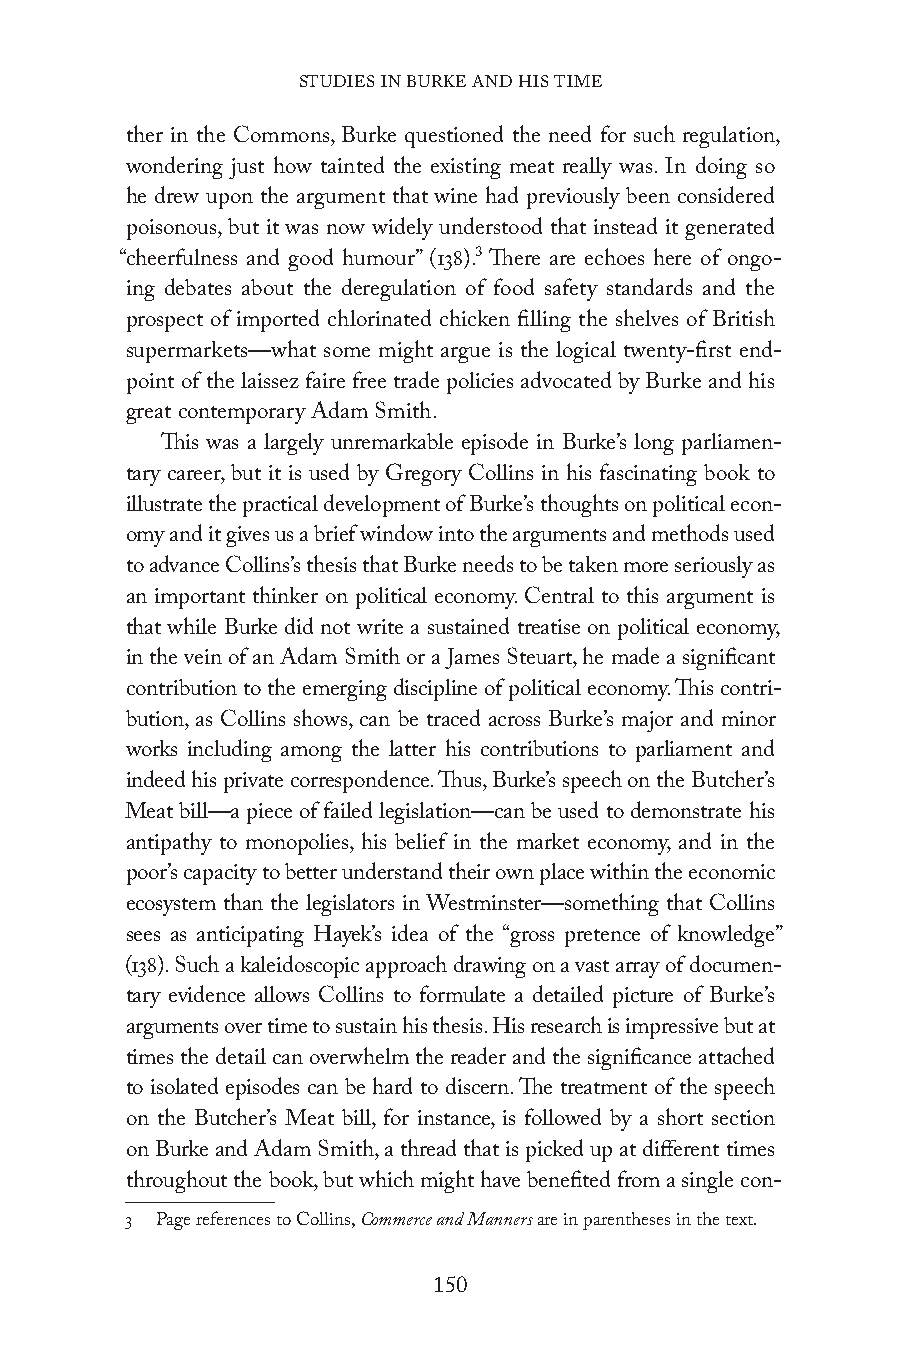
STUDIES IN BURKE AND HIS TIME
 ther in the Commons, Burke questioned the need for such regulation,
 wondering just how tainted the existing meat really was. In doing so
 he drew upon the argument that wine had previously been considered
 poisonous, but it was now widely understood that instead it generated
 “cheerfulness and good humour” (138).3 There are echoes here of ongo-
 ing debates about the deregulation of food safety standards and the
 prospect of imported chlorinated chicken filling the shelves of British
 supermarkets—what some might argue is the logical twenty-first end-
 point of the laissez faire free trade policies advocated by Burke and his
 great contemporary Adam Smith.
 This was a largely unremarkable episode in Burke’s long parliamen-
 tary career, but it is used by Gregory Collins in his fascinating book to
 illustrate the practical development of Burke’s thoughts on political econ-
 omy and it gives us a brief window into the arguments and methods used
 to advance Collins’s thesis that Burke needs to be taken more seriously as
 an important thinker on political economy. Central to this argument is
 that while Burke did not write a sustained treatise on political economy,
 in the vein of an Adam Smith or a James Steuart, he made a significant
 contribution to the emerging discipline of political economy. This contri-
 bution, as Collins shows, can be traced across Burke’s major and minor
 works including among the latter his contributions to parliament and
 indeed his private correspondence. Thus, Burke’s speech on the Butcher’s
 Meat bill—a piece of failed legislation—can be used to demonstrate his
 antipathy to monopolies, his belief in the market economy, and in the
 poor’s capacity to better understand their own place within the economic
 ecosystem than the legislators in Westminster—something that Collins
 sees as anticipating Hayek’s idea of the “gross pretence of knowledge”
 (138). Such a kaleidoscopic approach drawing on a vast array of documen-
 tary evidence allows Collins to formulate a detailed picture of Burke’s
 arguments over time to sustain his thesis. His research is impressive but at
 times the detail can overwhelm the reader and the significance attached
 to isolated episodes can be hard to discern. The treatment of the speech
 on the Butcher’s Meat bill, for instance, is followed by a short section
 on Burke and Adam Smith, a thread that is picked up at different times
 throughout the book, but which might have benefited from a single con-
 3 Page references to Collins, Commerce and Manners are in parentheses in the text.
 150